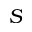
S